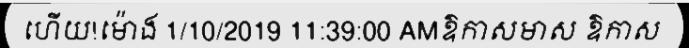
ហើយ!ម៉ោង 1/10/2019 11:39:00 AMឱកាសមាស ឱកាស